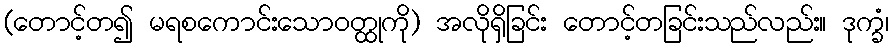
(တောင့်တ၍ မရစကောင်းသောဝတ္ထုကို) အလိုရှိခြင်း တောင့်တခြင်းသည်လည်း။ ဒုက္ခံ၊